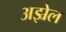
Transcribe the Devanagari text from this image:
अझ्रेल